Report on sanitation, dispensaries, and jails in Rajputana for 1910, and on vaccination for the year 1910-1911 - 1910-1911
Year: 1910
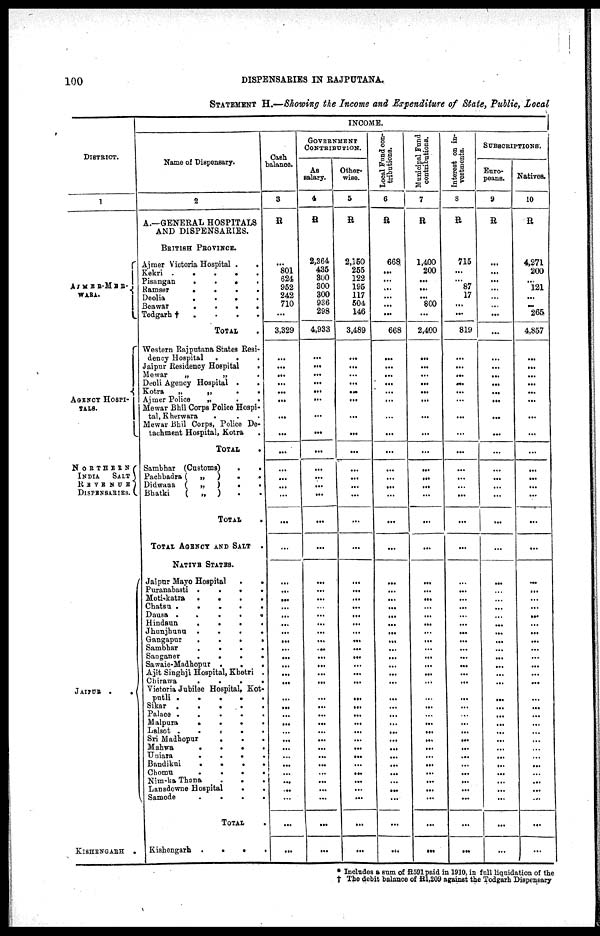
100
DISPENSARIES IN RAJPUTANA.
STATEMENT H.—Showing the Income and Expenditure of State, Public, Local
DISTRICT.
1
AJMER-MER¬
WARA.
AGENCY HOSPI-
----.
N O R T H E R N
INDIA
SALT
R E V E N U E
DISPENSARIES.
JAIPUR .
.
KISHENGARH
.
INCOME.
Name of Dispensary.
2
A.—GENERAL HOSPITALS
AND DISPENSARIES.
BRITISH PROVINCE.
Ajmer Victoria Hospital .
.
Kekri .
.
.
.
.
Pisangan
.
.
.
.
Ramser
.
.
.
.
Deolia
.
.
.
.
Beawar
.
.
.
.
Todgarh†
.
.
.
.
TOTAL .
Western Rajputana States Resi-
dency Hospital .
. .
Jaipur Residency Hospital
.
Mewar
„
„
.
Deoli Agency Hospital .
.
Kotra
„
„
.
.
Ajmer Police „ . .
Mewar Bihil Corps Police Hospi-
tal, Kherwara
. . .
Mewar Bhil Corps, Police De-
tachment Hospital, Kotra .
TOTAL .
Sambhar (Customs)
.
.
Pachbadra ( „ )
.
.
Didwana (
„
)
.
.
Bhatki
( „ ) . .
TOTAL .
TOTAL AGENCY AND SALT .
NATIVE STATES.
Jaipur Mayo Hospital
.
.
Puranabasti .
.
.
.
Moti-katra .
.
.
.
Chatsu .
.
.
.
.
Dausa
.
.
. . .
Hindaun
.
.
. .
Jhunjhunu .
.
.
.
Gangapur
.
.
.
.
Sambhar
.
.
.
.
Sanganer
.
.
.
.
Sawaie-Madhopur .
.
.
Ajit Singhji Hospital, Khetri .
Chirawa
.
.
.
.
Victoria Jubilee Hospital, Kot¬
putli .
.
.
.
.
Sikar .
.
.
.
.
Palace
.
. . . .
Malpura
.
.
.
.
Lalsot
.
. . . .
Sri Madhopur
.
.
.
Mahwa
.
.
.
.
Uniara
.
.
.
.
Bandikui
.
.
.
.
Chomu
.
.
. .
Nim-ka Thana
.
.
.
Lansdowne Hospital
.
.
Samode
.
.
.
.
TOTAL .
Kishengarh .
.
. .
Cash
balance.
3
R
...
801
624
952
242
710
...
3,329
...
...
...
...
...
...
...
...
...
...
...
...
...
...
...
...
...
...
...
...
...
...
...
...
...
...
...
...
...
...
...
...
...
...
...
...
...
...
...
...
...
...
...
GOVERNMENT
CONTRIBUTION.
As
salary.
4
R
2,364
435
300
300
300
936
298
4,933
...
...
...
...
...
...
...
...
...
...
...
...
...
...
...
...
...
...
...
...
...
...
...
...
...
...
...
...
...
...
...
...
...
...
...
...
...
...
...
...
...
...
...
Other-
wise.
5
R
2,150
255
122
195
117
504
146
3,489
...
...
...
...
...
...
...
...
...
...
...
...
...
...
...
...
...
...
...
...
...
...
...
...
...
...
...
...
...
...
...
...
...
...
...
...
...
...
...
...
...
...
...
Local Fund con-
tributions.
6
R
668
...
...
...
...
...
...
668
...
...
...
...
...
...
...
...
...
...
...
...
...
...
...
...
...
...
...
...
...
...
...
...
...
...
...
...
...
...
...
...
...
...
...
...
...
...
...
...
...
...
...
Municipal Fund
contributions.
7
R
1,400
200
...
...
...
800
...
2,400
...
...
...
...
...
...
...
...
...
...
...
...
...
...
...
...
...
...
...
...
...
...
...
...
...
...
...
...
...
...
...
...
...
...
...
...
...
...
...
...
...
...
...
Interest on in-
vestments.
8
R
715
...
...
87
17
...
819
...
...
...
...
...
...
...
...
...
...
...
...
...
...
...
...
...
...
...
...
...
...
...
...
...
...
...
...
...
...
...
...
...
...
...
...
...
...
...
...
...
...
SUBSCRIPTIONS.
Euro-
peans.
9
R
...
...
...
...
...
...
...
...
...
...
...
...
...
...
...
...
...
...
...
...
...
...
...
...
...
...
...
...
...
...
...
...
...
...
...
...
...
...
...
...
...
...
...
...
...
...
...
...
...
...
...
Natives.
10
R
4,271
200
...
121
...
...
265
4,857
...
...
...
...
...
...
...
...
...
...
...
...
...
...
...
...
...
...
...
...
...
...
...
...
...
...
...
...
...
...
...
...
...
...
...
...
...
...
...
...
...
...
...
* Includes a sum of R591 paid in 1910, in full liquidation of the
† The debit balance of R1,209 against the Todgarh Dispensary